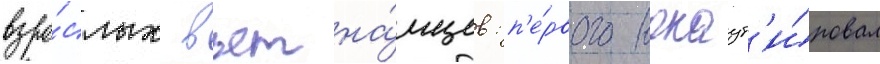
взро́слых вьетна́мцев: п'е́рвого нокаут'и́ровал